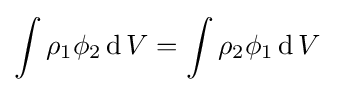
\int \rho _{1}\phi _{2}\operatorname {d} V=\int \rho _{2}\phi _{1}\operatorname {d} V~